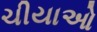
ચીયાઓ